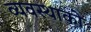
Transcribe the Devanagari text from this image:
व्यवस्थाको